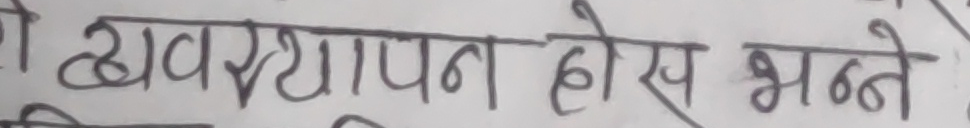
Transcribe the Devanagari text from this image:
व्यवस्थापन होस् भन्ने